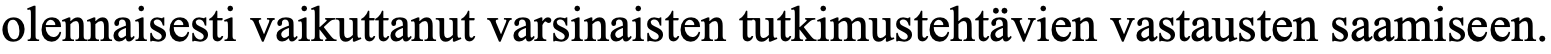
olennaisesti vaikuttanut varsinaisten tutkimustehtävien vastausten saamiseen.